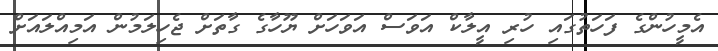
އެމީހުންގެ ފަހަތުގައި ހުރި އީލާކް އަވަސް އަވަހަށް ޔޫހާގެ ގާތަށް ޖެހިލަމުން އަމިއްލައަށް